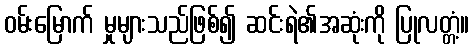
ဝမ်းမြောက် မှုများသည်ဖြစ်၍ ဆင်းရဲ၏အဆုံးကို ပြုလတ္တံ့။